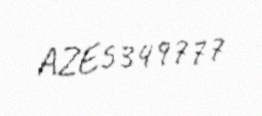
AZE5349777